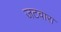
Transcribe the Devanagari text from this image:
जटवारा